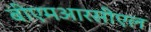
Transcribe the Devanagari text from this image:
बीएमआरसीएल